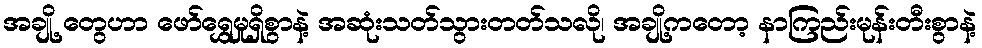
အချို့ တွေဟာ ဖော်ရွှေမှုရှိစွာနဲ့ အဆုံးသတ်သွားတတ်သလို၊ အချို့ကဝောာ့ နာကြည်းမုန်းတီးစွာနဲ့